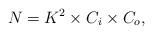
LaTeX: \begin{align*} N_{} = K^{2} \times C_{i} \times C_{o}, \end{align*}